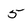
Character: 5